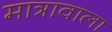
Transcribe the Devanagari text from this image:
मात्रावाला